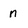
Character: n